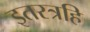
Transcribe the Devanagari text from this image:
इतरत्रहि